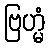
ဗြဟ္မံ